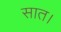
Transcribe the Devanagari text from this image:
सात।